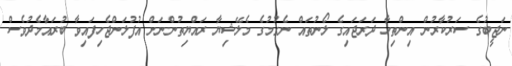
ނަޖީބުގެ ސަރުކާރުން އިންތިހާ ދަރަޖައިގެ ލޯނުތައް ނެގުމުގެ މެލޭޝިޔާ ރައްޔިތުންނަށް އުފުލަންޖެހިފައިވާ ބުރައާމެދުވެސް